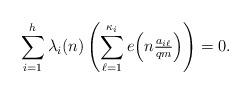
LaTeX: \begin{align*}\sum_{i=1}^h \lambda_i(n) \left(\sum_{\ell=1}^{\kappa_i} e\!\left(n \tfrac{a_{i\ell}}{qm}\right)\right)=0.\end{align*}